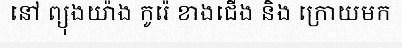
នៅ ព្យុងយ៉ាង កូរ៉េ ខាងជើង និង ក្រោយមក